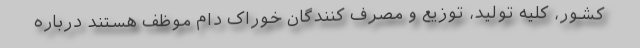
کشور، کلیه تولید، توزیع و مصرف کنندگان خوراک دام موظف هستند درباره